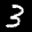
Label: 3